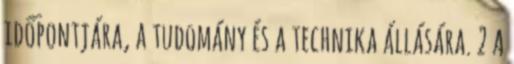
időpontjára, a tudomány és a technika állására. 2 A